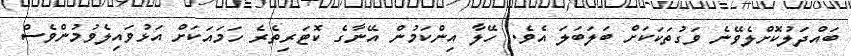
ބައްދަލުކޮށްލެވޭނެ ވަގުތަކަކަށް ބަލަބަލަ އެވެ. ހޭލާ އިންކަމުން އޭނާގެ ކޮޓަރިތެރެ ހަމައަކަށް އަޅުވައިލެވުމުންވެސް